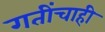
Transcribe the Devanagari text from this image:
गतींचाही